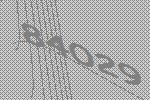
84029